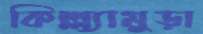
কিল্ল্যামুড়া